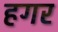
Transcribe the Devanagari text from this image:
हगर